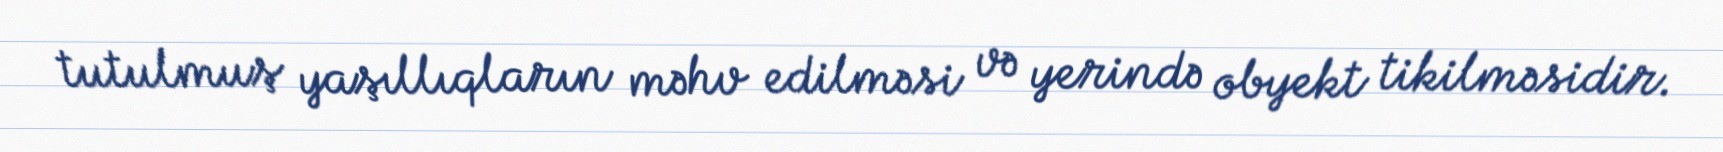
tutulmuş yaşıllıqların məhv edilməsi və yerində obyekt tikilməsidir.